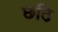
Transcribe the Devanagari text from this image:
छठि